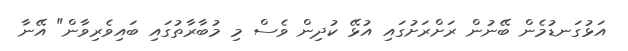
އަޅުގަނޑުމެން ބޭނުން ރަށްރަށުގައި އުޅޭ ކުދިން ވެސް މި މުބާރާތުގައި ބައިވެރިވާން" އޭނާ